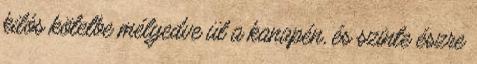
kilós kötetbe mélyedve ül a kanapén, és szinte észre